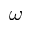
\omega